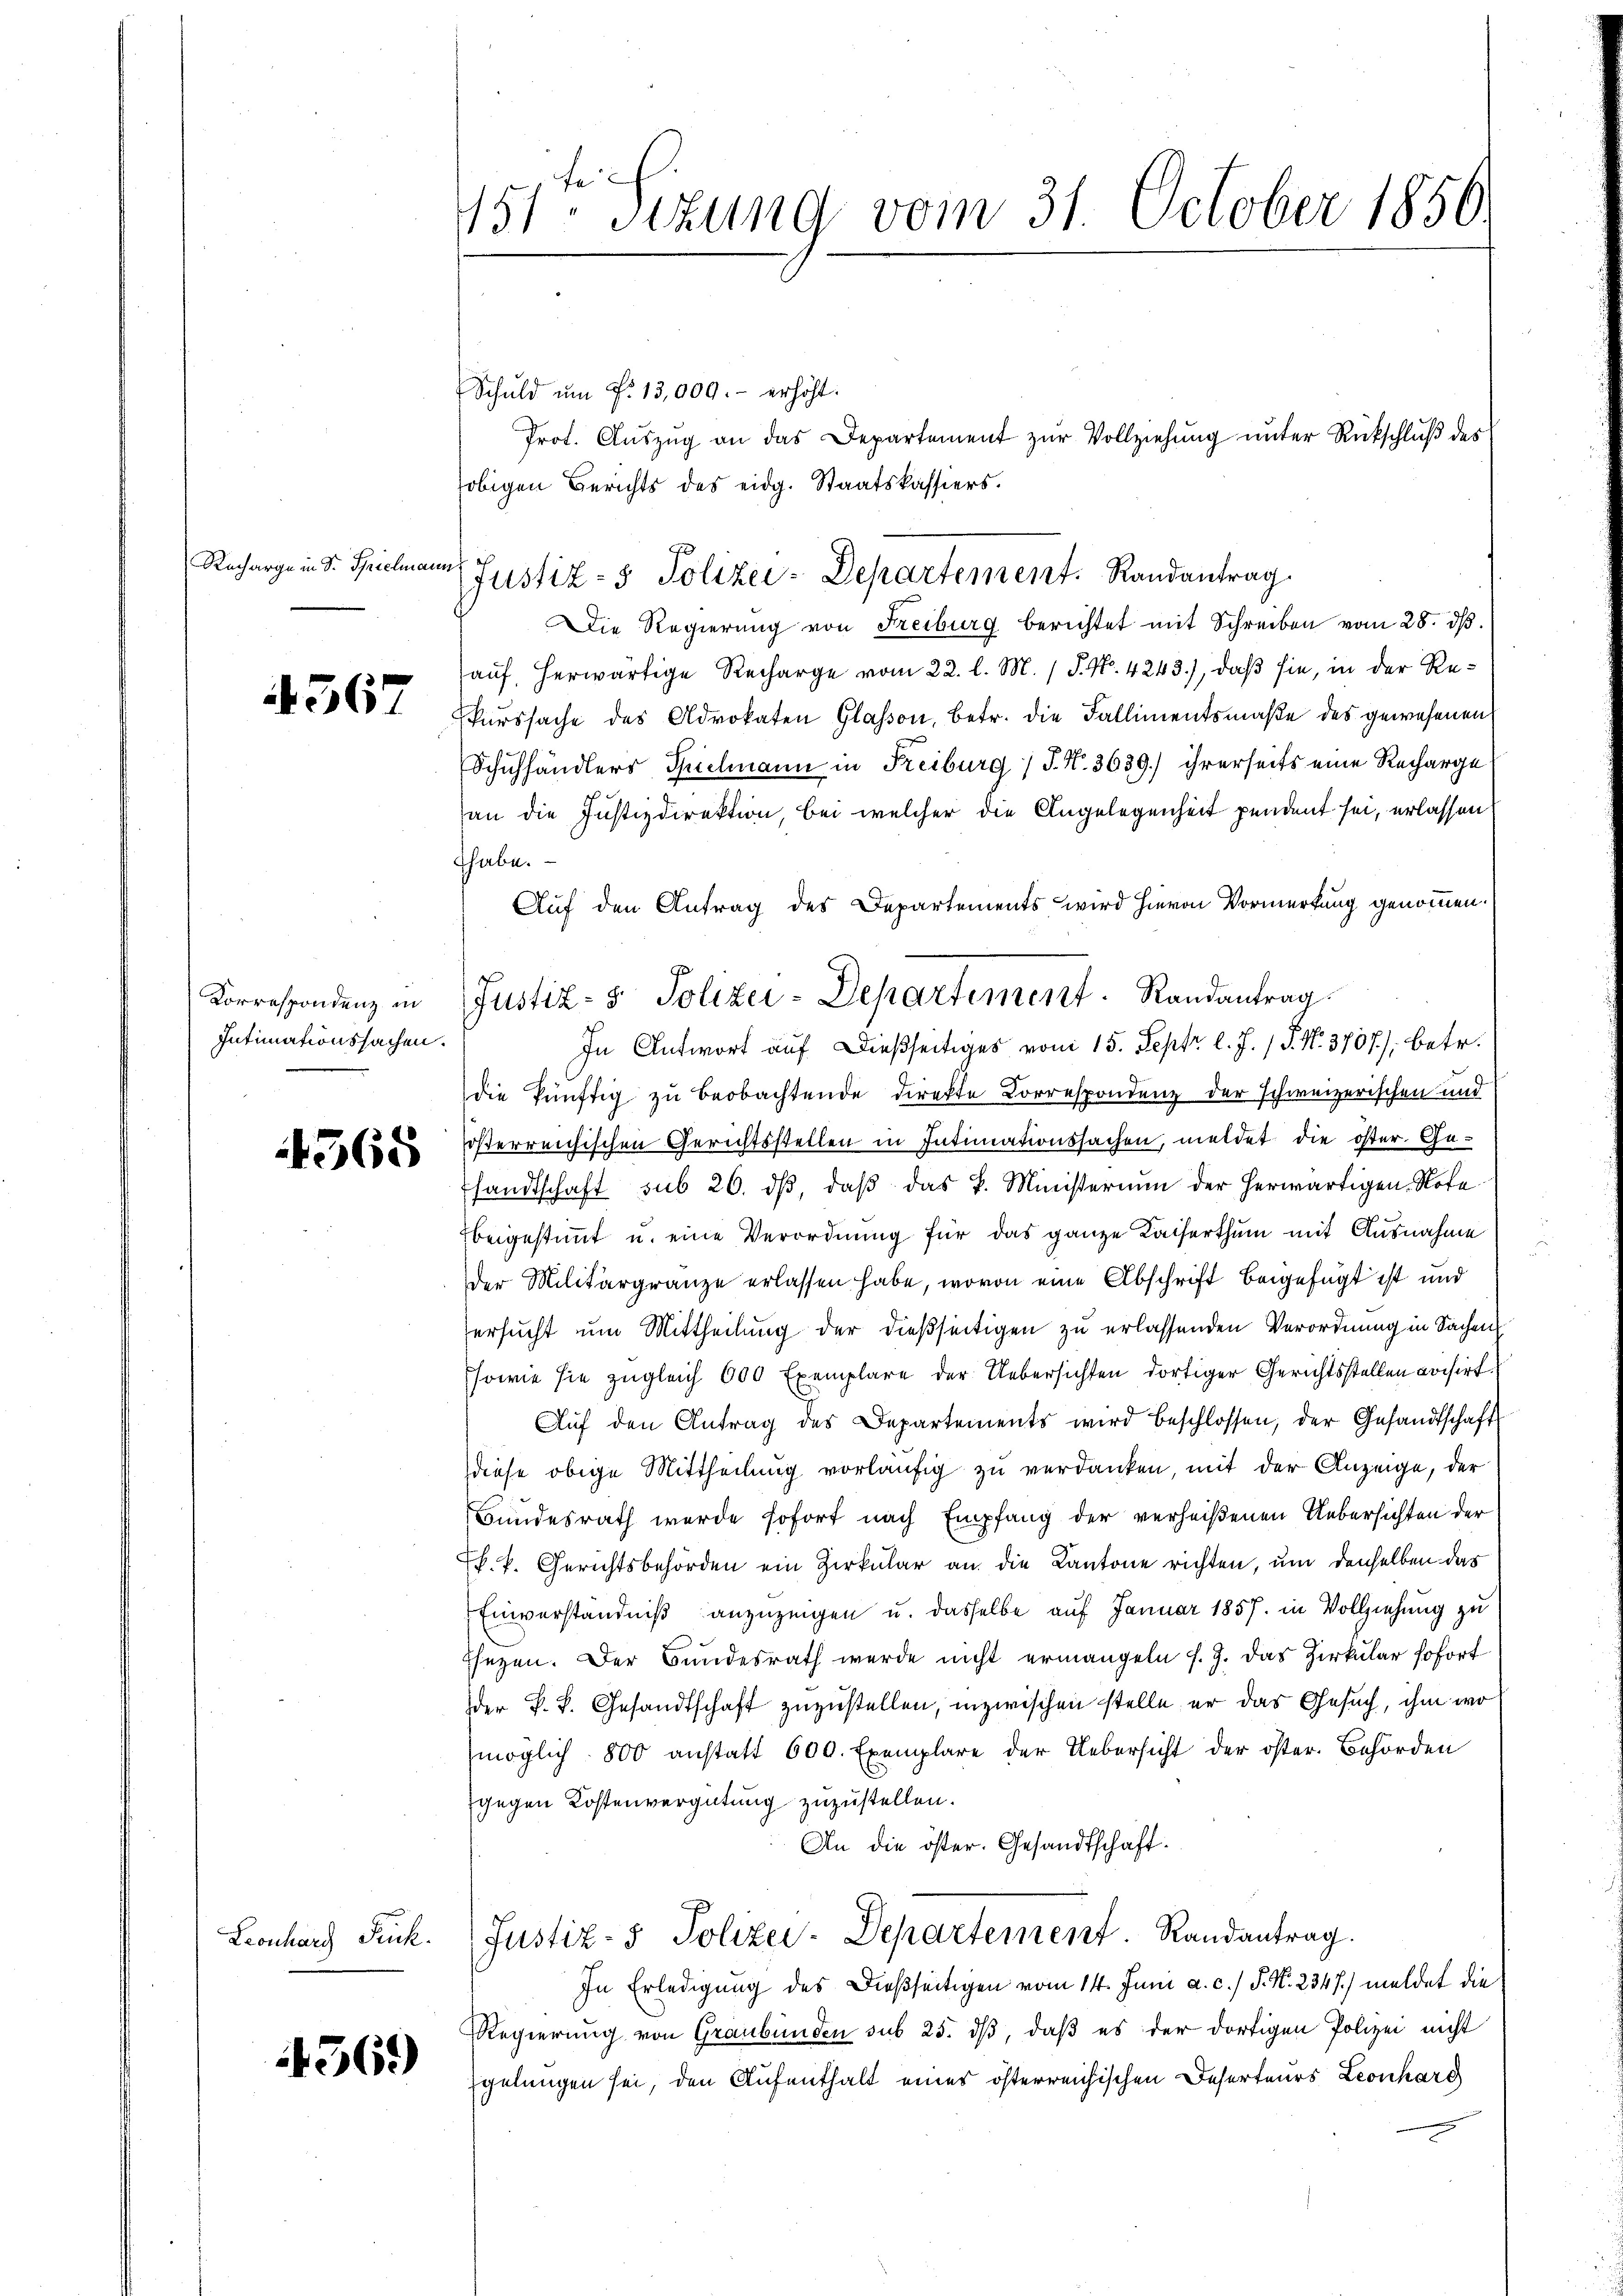
Recharge in Dr. Spielman

4567

Korrespondenz in
Intimationssachen.

4565

Leonhard Rück

56.)

151ten Sizung vom 31. October 1856.

Schŭld ŭm Fr. 13,000.- erhöht.
obigen Berichts des eidg. Staatskassiers.
Die Regierung von Freiburg berichtet mit Schreiben vom 28. dβ.
auf, herwärtige Recharge vom 22. l. M. / P. Nr. 4243), daß sie, in der Rekurssache des Advokaten Glasson, betr. die Fallimentsmaße des gewesenen
Schuhhändlers Spielmann in Freiburg / J. N. 3639) ihrerseits eine Recharge
(an die Justizdirektion, bei welcher die Angelegenheit pendent sei, erlassen
thabe.
Auf den Antrag des Departements wird hievon Vormerkung genommen
die künftig zu beobachtende direkte Korrespondenz der schweizerischen und
österreichischen Gerichtsstellen in Intimationssachen, meldet die öster. Gesandtschaft sub 20. ds, daß das k. Ministerium der herwärtigen. Sofe
beigestimmt u. eine Verordnung für das ganze Kaiserthum mit Ausnahme
der Militärgränze erlassen habe, wovon eine Abschrift beigefügt ist und
Versucht um Mittheilung der dießseitigen zu erlassenden Verordnung in Sachen
Esowie sie zugleich 600 Exemplare der Uebersichten dortiger Gerichtsstellen voisirt.
Auf den Antrag des Departements wird beschlossen, der Gesandtschaft
diese obige Mittheilung vorläufig zu verdanken, mit der Anzeige, der
Bundesrath wurde sofort nach Empfang der verheißenen Uebersichten der
k. k. Gerichtsbehörden ein Zirkular an die Kantone richten, um denselben das
Einverständniß anzuzeigen u. dasselbe auf Januar 1857. in Vollziehung zu
sezen. Der Bundesrath werde nicht ermangeln f. J. das Zirkular sofort
der k. k. Gesandtschaft zuzustellen, inzwischen stelle er das Gesuch, ihm wo
möglich 800 anstatt 600. Exemplare der Uebersicht der öster. Behörden
gegen Kostenvergütung zuzustellen.
An die öster. Gesandtschaft.
Justiz- & Polizei-Departement Randantrag.
In Erledigung des Dießseitigen vom 14. Juni a. c.) J. N. 2347) meldet die
Regierung von Graubünden sub 25. dß, daß es der dortigen Polizei nicht
gelungen sei, den Aufenthalt eines österreichischen Deserteurs Leonharg

Justiz- & Polizei-Departement. Randantrag

Justiz- & Polizei-Departement Randantrag
In Antwort auf dießseitiges vom 15. Sept. l. J. J. N. 3707), betr.

Prot. Auszug an das Departement zur Vollziehung unter Rückschluß des